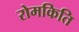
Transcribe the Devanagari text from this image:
रोमकिति